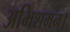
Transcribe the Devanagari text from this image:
अभिशमन।